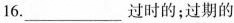
16. ___过时的；过期的